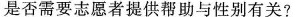
是否需要志愿者提供帮助与性别有关?